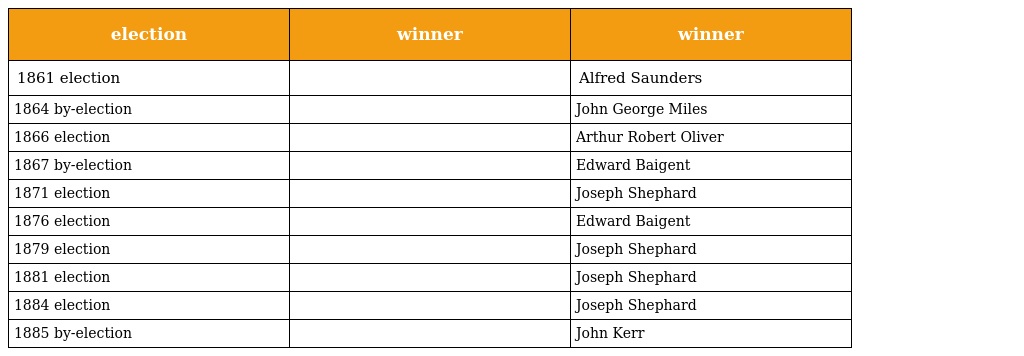
| election | winner | winner |
 | --- | --- | --- |
 | 1861 election |  | Alfred Saunders |
 | 1864 by-election |  | John George Miles |
 | 1866 election |  | Arthur Robert Oliver |
 | 1867 by-election |  | Edward Baigent |
 | 1871 election |  | Joseph Shephard |
 | 1876 election |  | Edward Baigent |
 | 1879 election |  | Joseph Shephard |
 | 1881 election |  | Joseph Shephard |
 | 1884 election |  | Joseph Shephard |
 | 1885 by-election |  | John Kerr |